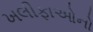
ખલીફાઓનો